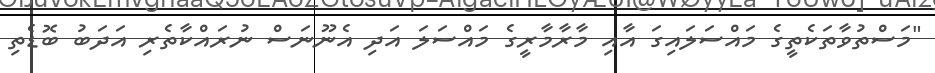
"މަސްތުވާތަކެތީގެ މައްސަލައިގަ އާއި މާރާމާރީގެ މައްސަލަ އަދި އެނޫނަސް ނުރައްކާތެރި އަދަބު ބޮޑެތި